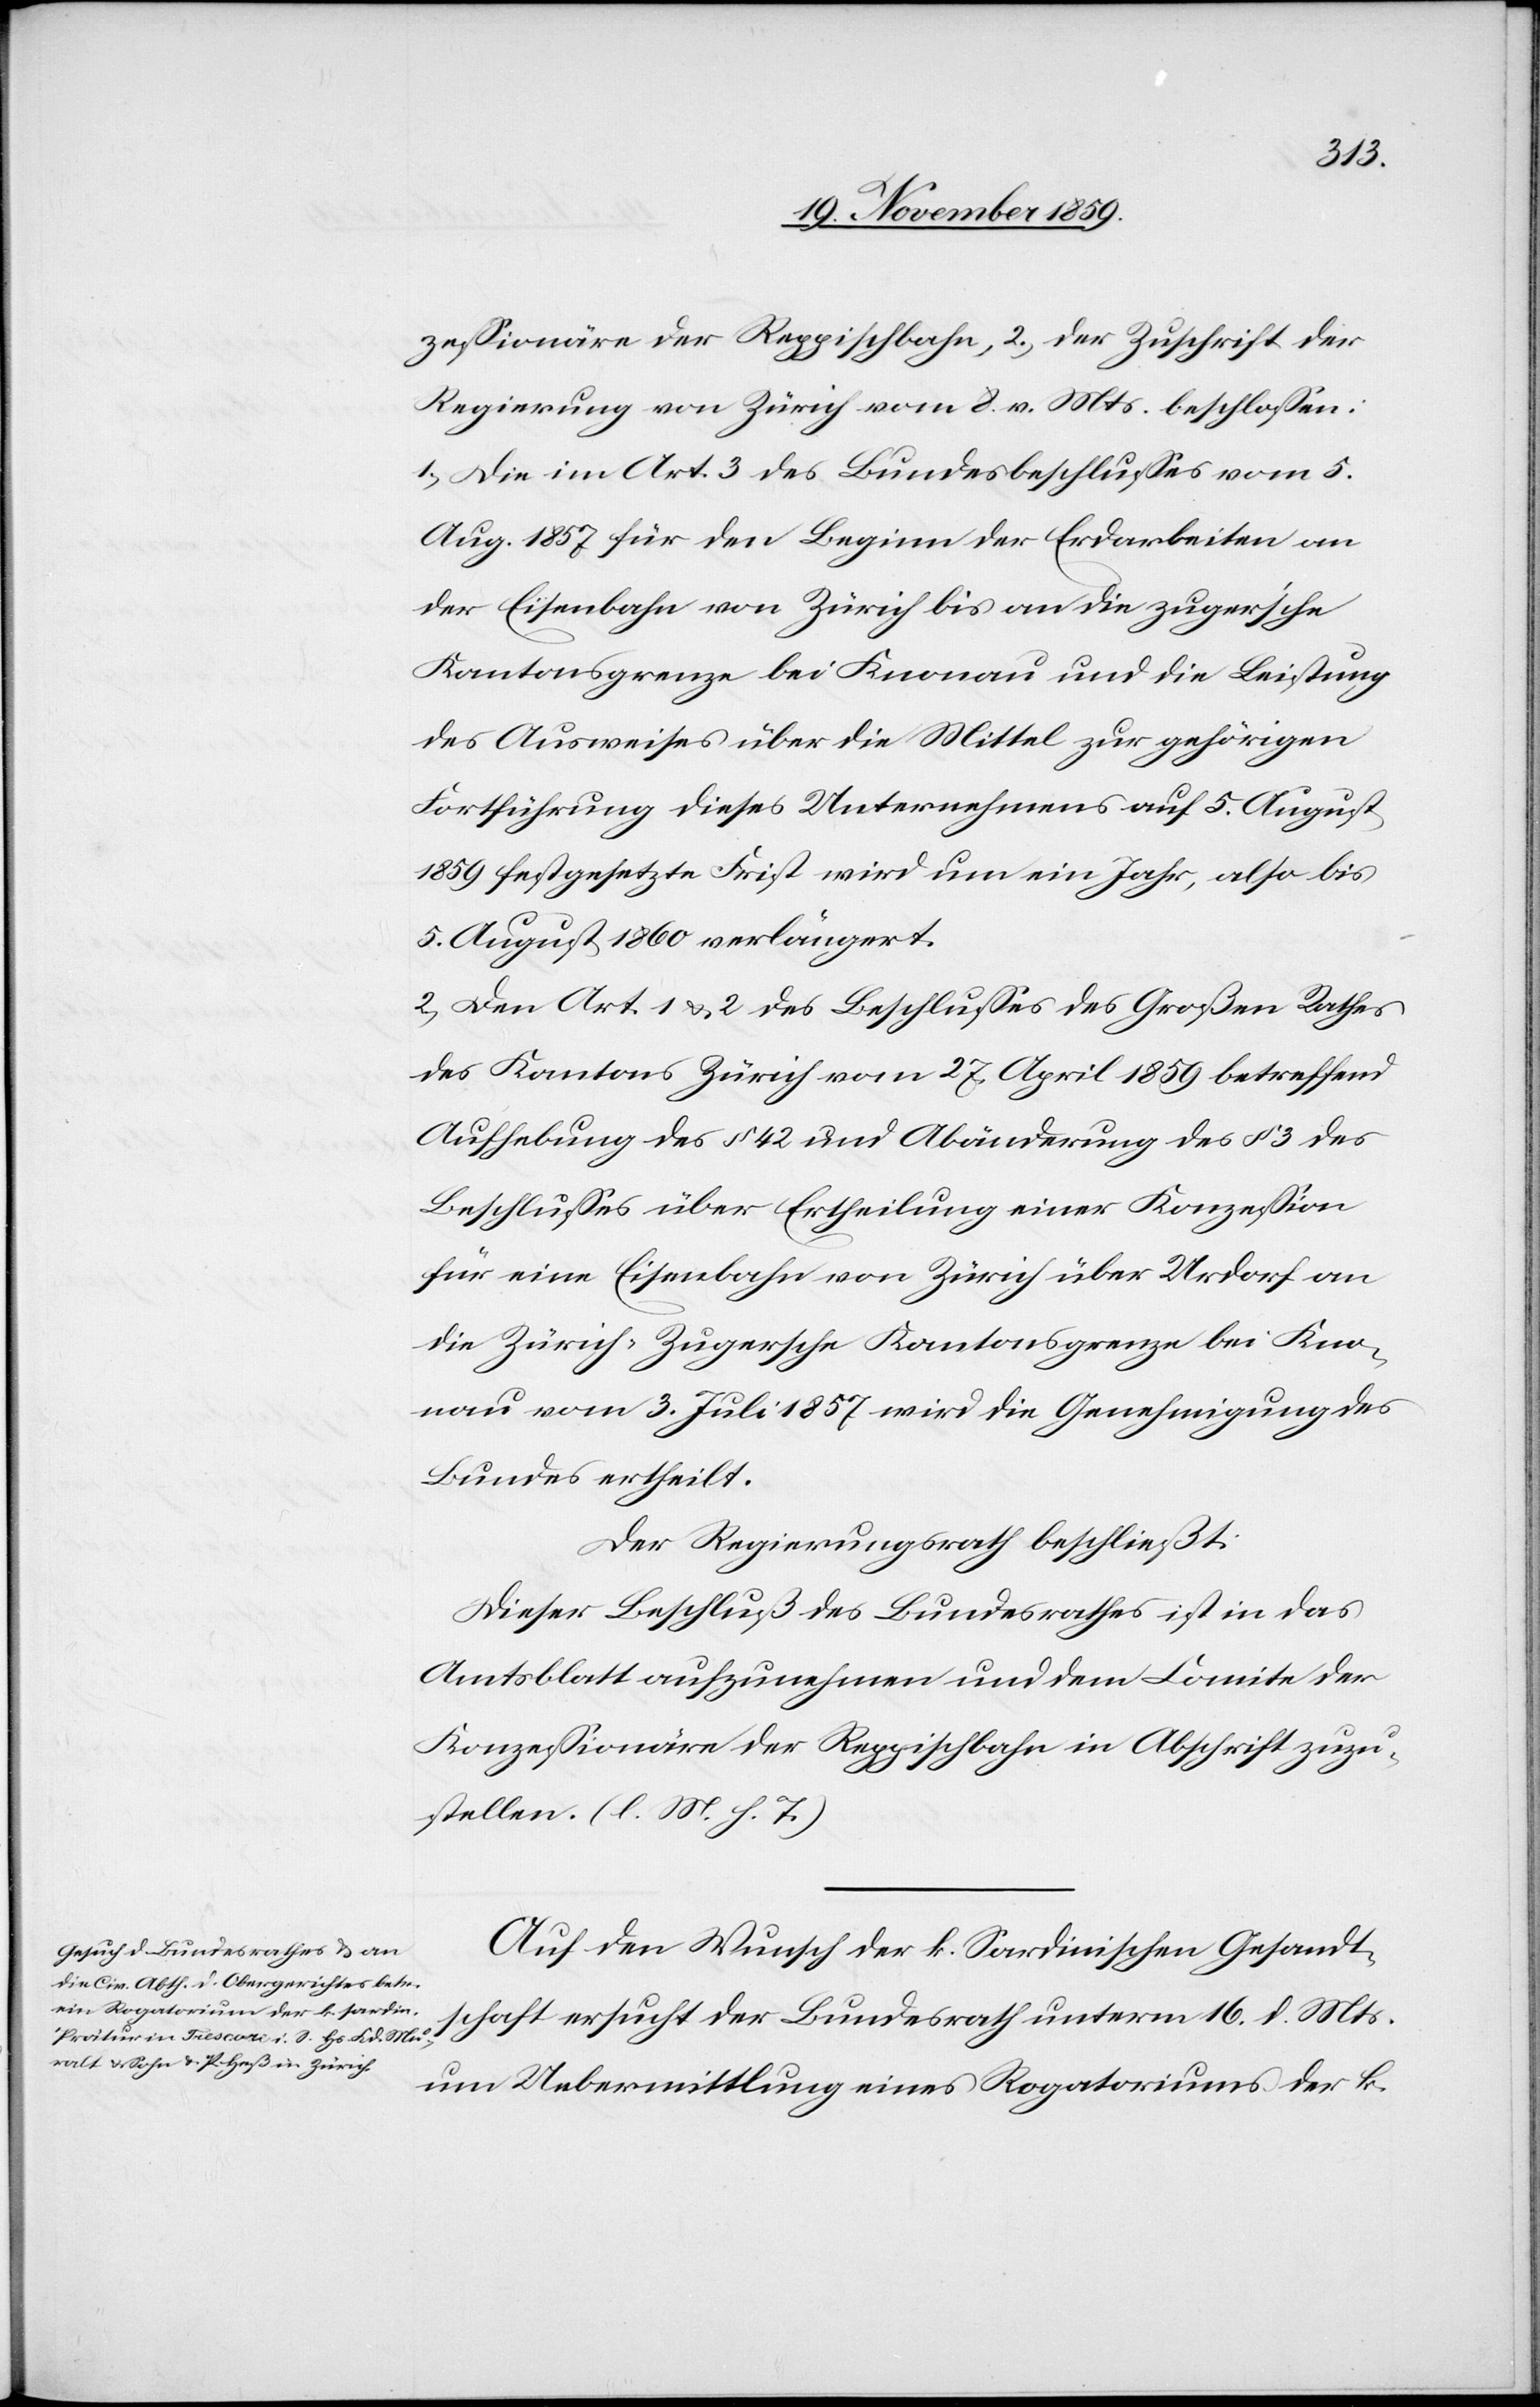
zessionäre der Reppischbahn, 2.) der Zuschrift der
Regierung von Zürich vom 8. v. Mts. beschlossen:
1) Die im Art. 3 des Bundesbeschlusses vom 5.
Aug. 1857 für den Beginn der Erdarbeiten an
der Eisenbahn von Zürich bis an die zuger'sche
Kantonsgrenze bei Knonau und die Leistung
des Ausweises über die Mittel zur gehörigen
Fortführung dieses Unternehmens auf 5. August
1859 festgesetzte Frist wird um ein Jahr, also bis
5. August 1860 verlängert.
2) Den Art. 1 & 2 des Beschlusses des Großen Rathes
des Kantons Zürich vom 27. April 1859 betreffend
Aufhebung des § 42 und Abänderung des § 3 des
Beschlusses über Ertheilung einer Konzession
für eine Eisenbahn von Zürich über Urdorf an
die Zürich-Zugersche Kantonsgrenze bei Kno¬
nau vom 3. Juli 1857 wird die Genehmigung des
Bundes ertheilt.
Der Regierungsrath beschließt:
Dieser Beschluß des Bundesrathes ist in das
Amtsblatt aufzunehmen und dem Comite der
Konzessionäre der Reppischbahn in Abschrift zuzu¬
stellen. (l. M. h. T.)
Auf Wunsch der k. Sardinischen Gesandt¬
schaft ersucht der Bundesrath unterm 16. d. Mts.
um Uebermittlung eines Rogatoriums der k.